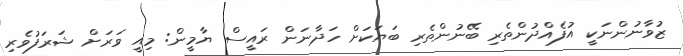
ޒުވާނުންނަކީ އުފެއްދުންތެރި ބޭނުންތެރި ބަޔަކަށް ހަދާނަން ރައީސް ޔާމީން: މިއީ ވަރަށް ޝަރަފުވެރި